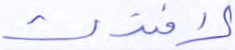
لافتدت